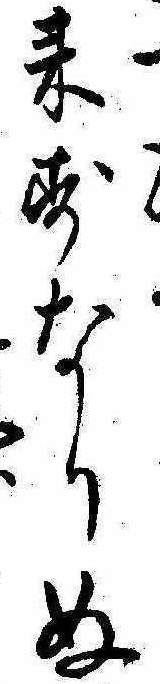
来すなりぬ